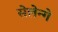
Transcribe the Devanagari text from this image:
सेलेन्गे